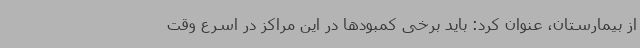
از بیمارستان، عنوان کرد: باید برخی کمبودها در این مراکز در اسرع وقت